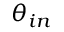
\theta _ { i n }